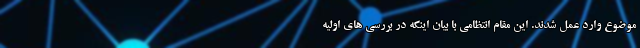
موضوع وارد عمل شدند. این مقام انتظامی با بیان اینکه در بررسی های اولیه